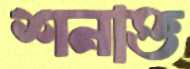
শনাক্ত